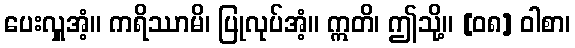
ပေးလှူအံ့။ ကရိဿာမိ၊ ပြုလုပ်အံ့။ ဣတိ၊ ဤသို့။ [၀၈] ဝါစာ၊